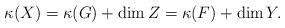
LaTeX: \begin{align*}\kappa(X) = \kappa(G) + \dim Z = \kappa(F) + \dim Y.\end{align*}